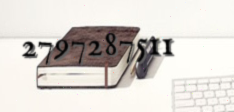
2797287511